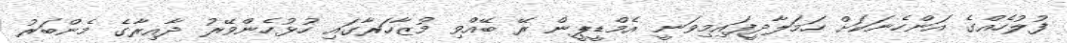
ފުލުހެއްގެ އަންހެނަކަށް ހަމަލާދީފައިމިވަނީ އެމްޑީޕީން ރޭ ބޭއްވި މުޒާހަރާގައި ހުޅުހެންވޭރު ދާއިރާގެ މެންބަރު